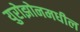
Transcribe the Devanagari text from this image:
युरोझोनमधील